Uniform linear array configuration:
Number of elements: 16
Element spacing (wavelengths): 0.5
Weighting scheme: hamming
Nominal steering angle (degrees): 0
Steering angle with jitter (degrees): -0.5127
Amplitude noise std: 0.05
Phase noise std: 0.05

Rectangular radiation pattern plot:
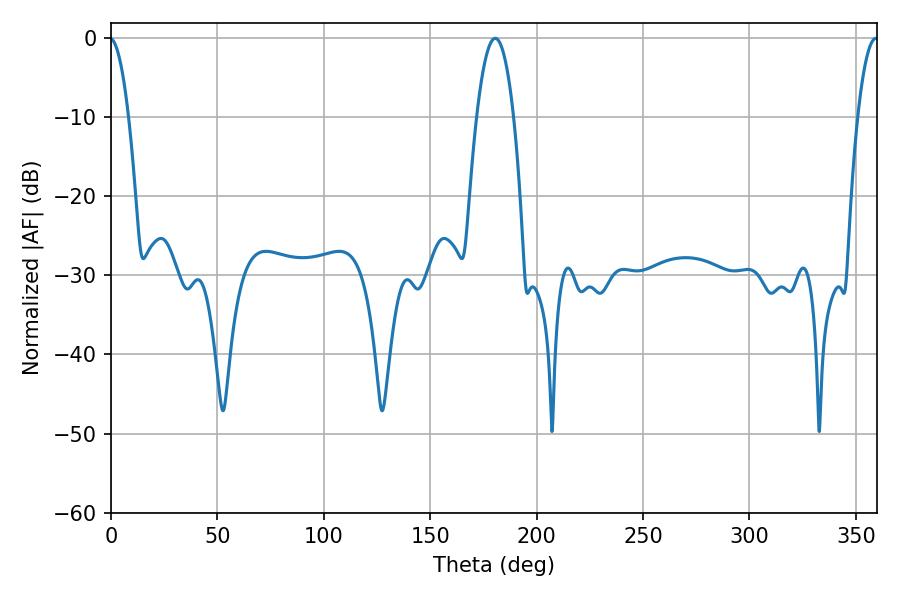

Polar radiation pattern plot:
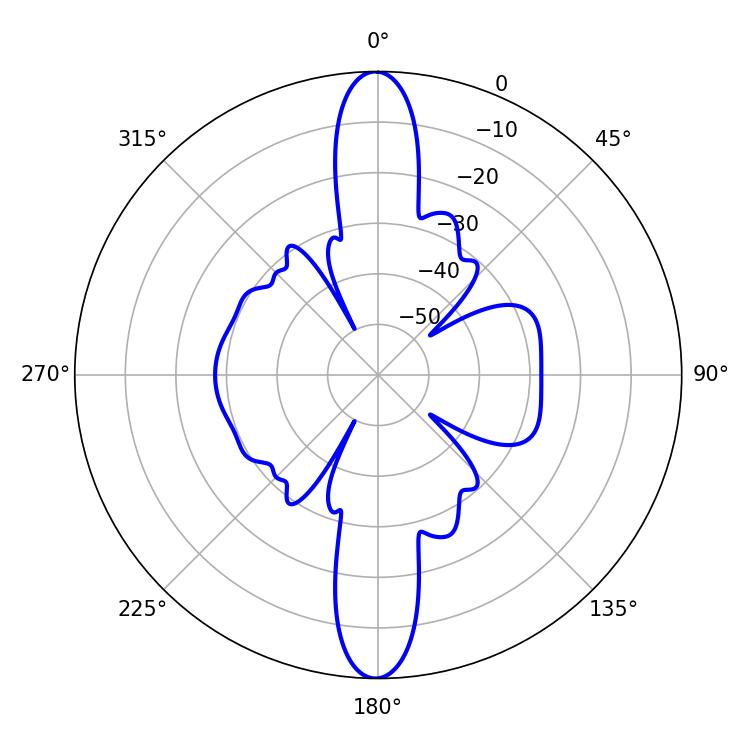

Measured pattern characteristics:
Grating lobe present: FALSE
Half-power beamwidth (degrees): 9.72
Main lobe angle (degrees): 180.54